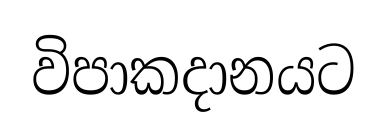
විපාකදානයට